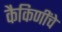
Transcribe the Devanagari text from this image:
कैकिणींचे